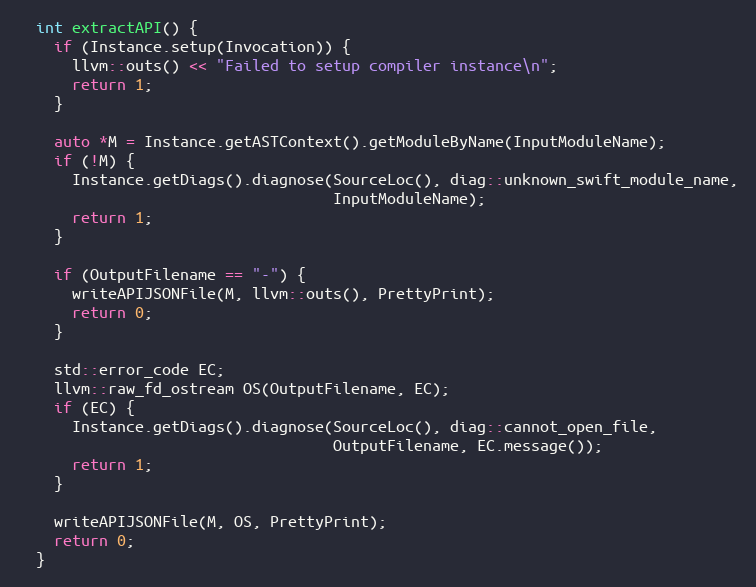
Language: C++
  int extractAPI() {
    if (Instance.setup(Invocation)) {
      llvm::outs() << "Failed to setup compiler instance\n";
      return 1;
    }

    auto *M = Instance.getASTContext().getModuleByName(InputModuleName);
    if (!M) {
      Instance.getDiags().diagnose(SourceLoc(), diag::unknown_swift_module_name,
                                   InputModuleName);
      return 1;
    }

    if (OutputFilename == "-") {
      writeAPIJSONFile(M, llvm::outs(), PrettyPrint);
      return 0;
    }

    std::error_code EC;
    llvm::raw_fd_ostream OS(OutputFilename, EC);
    if (EC) {
      Instance.getDiags().diagnose(SourceLoc(), diag::cannot_open_file,
                                   OutputFilename, EC.message());
      return 1;
    }

    writeAPIJSONFile(M, OS, PrettyPrint);
    return 0;
  }